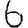
Digit: 6